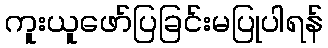
ကူးယူဖော်ပြခြင်းမပြုပါရန်